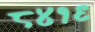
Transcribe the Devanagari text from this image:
८४१९